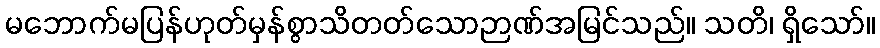
မဘောက်မပြန်ဟုတ်မှန်စွာသိတတ်သောဉာဏ်အမြင်သည်။ သတိ၊ ရှိသော်။